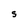
Character: S